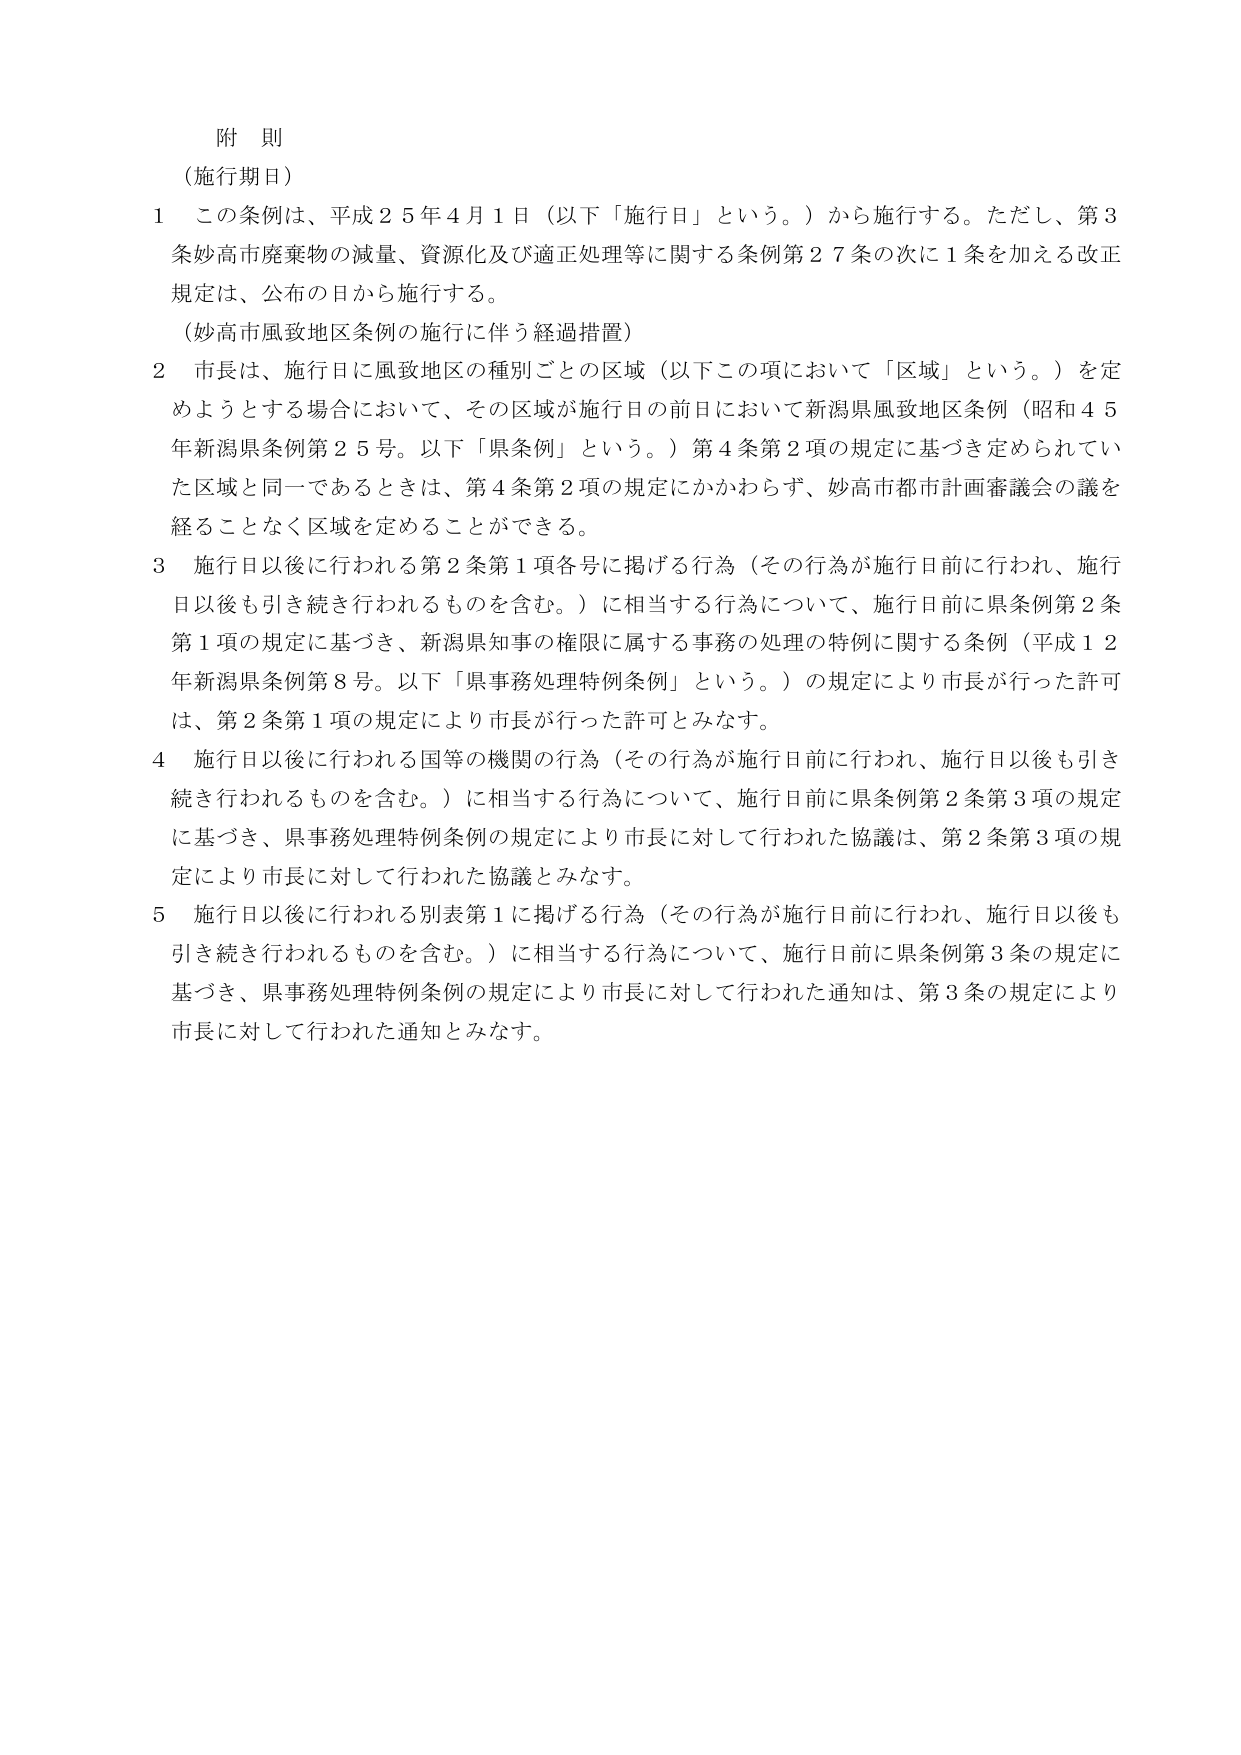
附 則
（施行期日）
１ この条例は、平成２５年４月１日（以下「施行日」という。）から施行する。ただし、第３条妙高市廃棄物の減量、資源化及び適正処理等に関する条例第２７条の次に１条を加える改正規定は、公布の日から施行する。
（妙高市風致地区条例の施行に伴う経過措置）
２ 市長は、施行日に風致地区の種別ごとの区域（以下この項において「区域」という。）を定めようとする場合において、その区域が施行日の前日において新潟県風致地区条例（昭和４５年新潟県条例第２５号。以下「県条例」という。）第４条第２項の規定に基づき定められていた区域と同一であるときは、第４条第２項の規定にかかわらず、妙高市都市計画審議会の議を経ることなく区域を定めることができる。
３ 施行日以後に行われる第２条第１項各号に掲げる行為（その行為が施行日前に行われ、施行日以後も引き続き行われるものを含む。）に相当する行為について、施行日前に県条例第２条第１項の規定に基づき、新潟県知事の権限に属する事務の処理の特例に関する条例（平成１２年新潟県条例第８号。以下「県事務処理特例条例」という。）の規定により市長が行った許可は、第２条第１項の規定により市長が行った許可とみなす。
４ 施行日以後に行われる国等の機関の行為（その行為が施行日前に行われ、施行日以後も引き続き行われるものを含む。）に相当する行為について、施行日前に県条例第２条第３項の規定に基づき、県事務処理特例条例の規定により市長に対して行われた協議は、第２条第３項の規定により市長に対して行われた協議とみなす。
５ 施行日以後に行われる別表第１に掲げる行為（その行為が施行日前に行われ、施行日以後も引き続き行われるものを含む。）に相当する行為について、施行日前に県条例第３条の規定に基づき、県事務処理特例条例の規定により市長に対して行われた通知は、第３条の規定により市長に対して行われた通知とみなす。